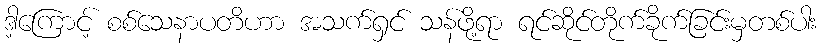
ဒါ့ကြောင့် စစ်သေနာပတိဟာ အသက်ရှင် သန်ဖို့ရာ ရင်ဆိုင်တိုက်ခိုက်ခြင်းမှတစ်ပါး